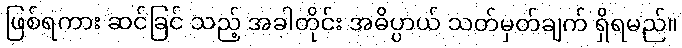
ဖြစ်ရကား ဆင်ခြင် သည့် အခါတိုင်း အဓိပ္ပာယ် သတ်မှတ်ချက် ရှိရမည်။